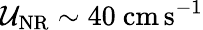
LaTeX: \mathcal{U}_{\mathrm{{NR}}}\sim40~\mathrm{{cm\, s^{-1}}}